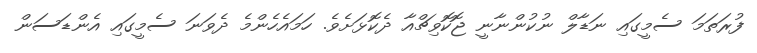
ފުރަތަމަ ސެމީގައި ނަޑާލް ނުކުންނާނީ ޖޮކޮވިޗްއާ ދެކޮޅަށެވެ. ހަމައެހެންމެ ދެވަނަ ސެމީގައި އެންޑަސަން